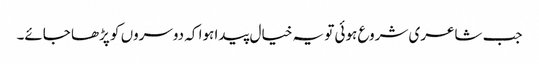
جب شاعری شروع ہوئی تو یہ خیال پیدا ہوا کہ دوسروں کو پڑھا جائے۔